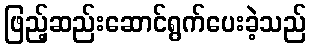
ဖြည့်ဆည်းဆောင်ရွက်ပေးခဲ့သည်